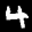
Label: 4